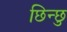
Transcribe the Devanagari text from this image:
छिन्छु